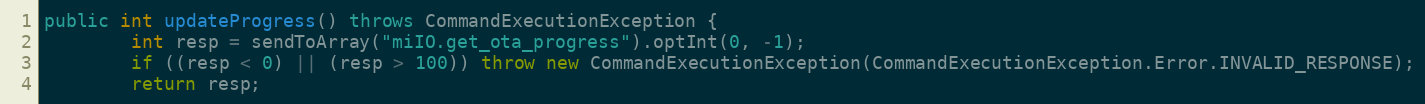
Language: Java
public int updateProgress() throws CommandExecutionException {
        int resp = sendToArray("miIO.get_ota_progress").optInt(0, -1);
        if ((resp < 0) || (resp > 100)) throw new CommandExecutionException(CommandExecutionException.Error.INVALID_RESPONSE);
        return resp;